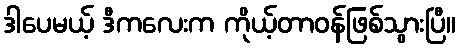
ဒါပေမယ့် ဒီကလေးက ကိုယ့်တာဝန်ဖြစ်သွားပြီ။